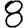
Digit: 8